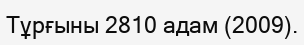
Тұрғыны 2810 адам (2009).